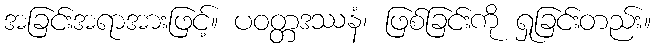
အခြင်းအရာအားဖြင့်။ ပဝတ္တဒဿနံ၊ ဖြစ်ခြင်းကို ရှုခြင်းတည်း။